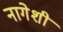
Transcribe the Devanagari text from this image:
नागेशी